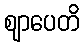
ဈာပေတိ